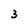
Character: 3